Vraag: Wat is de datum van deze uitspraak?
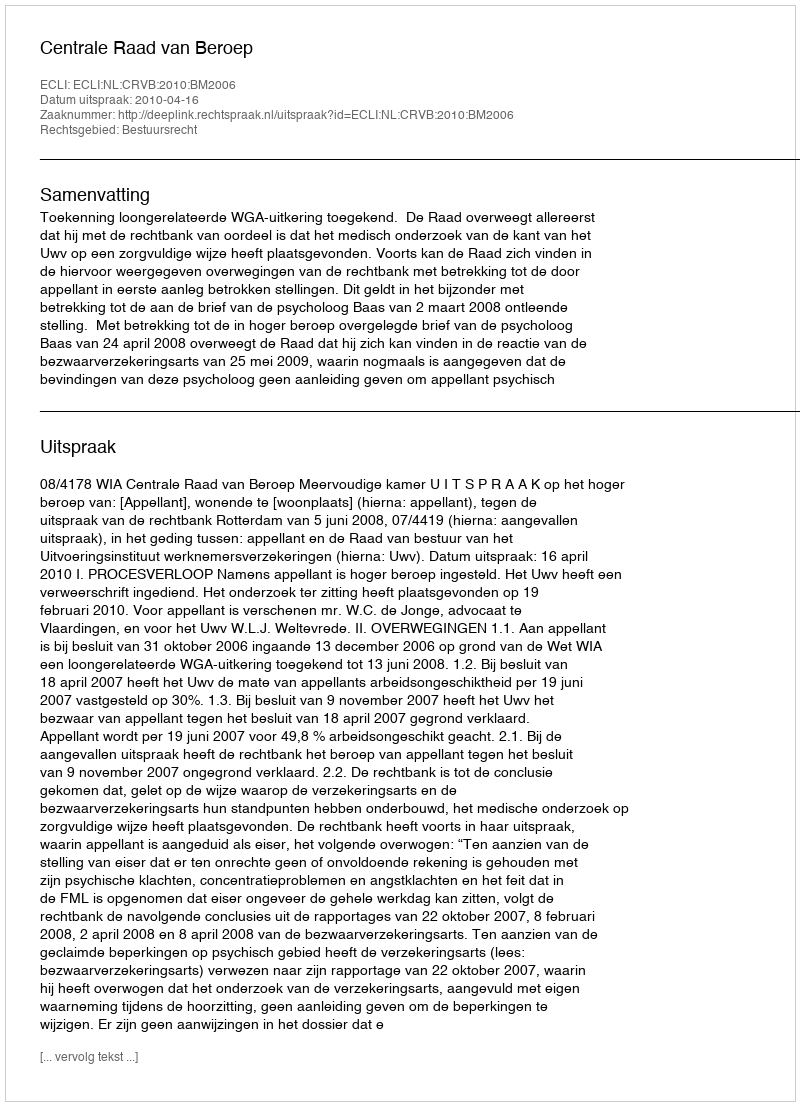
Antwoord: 2010-04-16